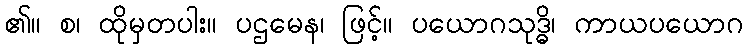
၏။ စ၊ ထိုမှတပါး။ ပဌမေန၊ ဖြင့်။ ပယောဂသုဒ္ဓိ၊ ကာယပယောဂ